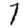
Digit: 7